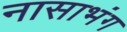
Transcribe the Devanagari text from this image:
नासाभंग